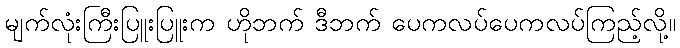
မျက်လုံးကြီးပြူးပြူးက ဟိုဘက် ဒီဘက် ပေကလပ်ပေကလပ်ကြည့်လို့။